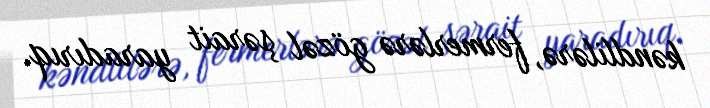
kəndlilərə, fermerlərə gözəl şərait yaradırıq.